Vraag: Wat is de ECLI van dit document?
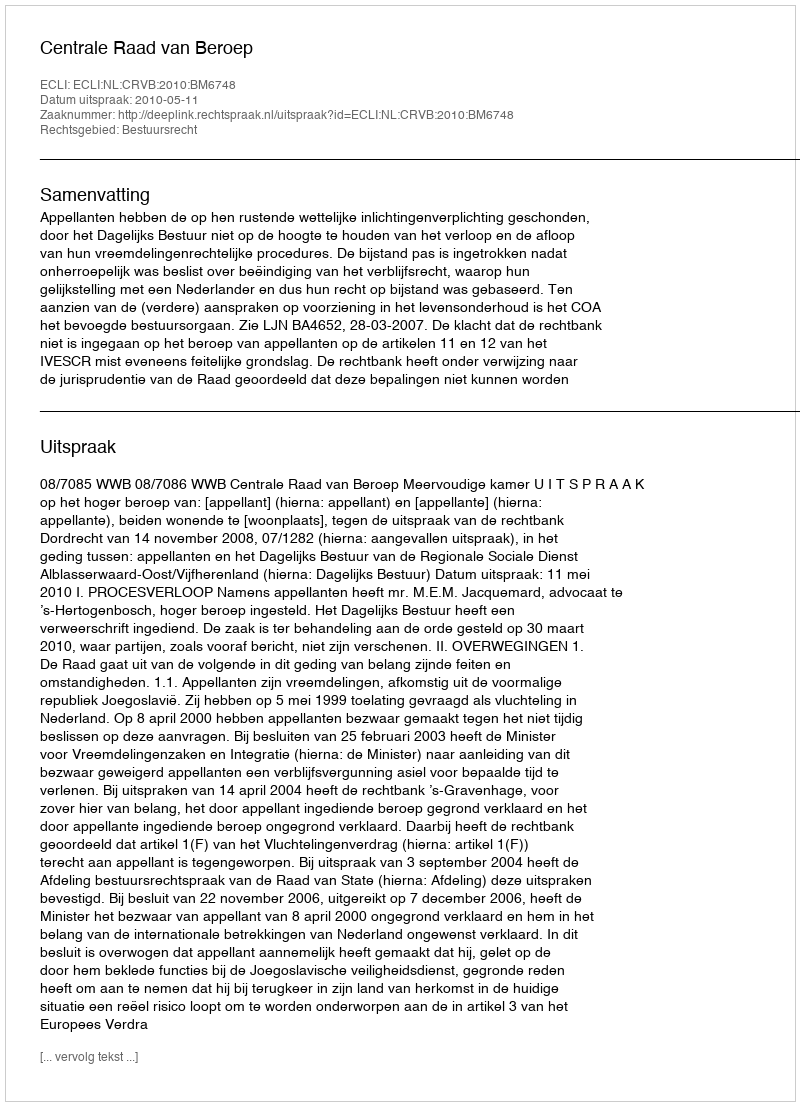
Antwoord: ECLI:NL:CRVB:2010:BM6748